Source: Handwritten
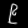
Digit: ၉ (9)